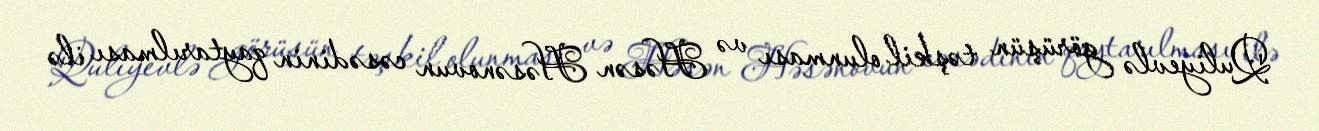
Quliyevlə görüşün təşkil olunması və Həsən Həsənovun cəsədinin qaytarılması ilə